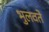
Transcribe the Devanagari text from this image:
भुलवते